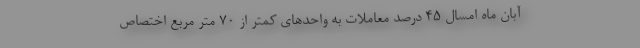
آبان ماه امسال ۴۵ درصد معاملات به واحدهای کمتر از ۷۰ متر مربع اختصاص